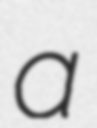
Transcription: a